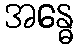
အန္ဓေ